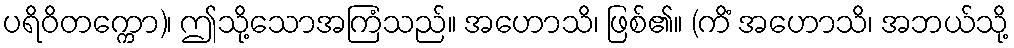
ပရိဝိတက္ကော)၊ ဤသို့သောအကြံသည်။ အဟောသိ၊ ဖြစ်၏။ (ကိံ အဟောသိ၊ အဘယ်သို့